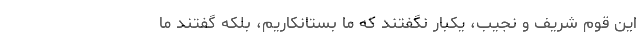
این قوم شریف و نجیب، یکبار نگفتند که ما بستانکاریم، بلکه گفتند ما